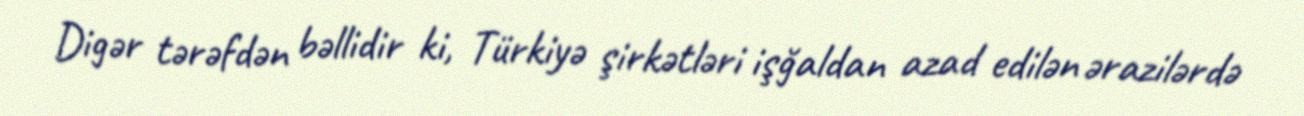
Digər tərəfdən bəllidir ki, Türkiyə şirkətləri işğaldan azad edilən ərazilərdə